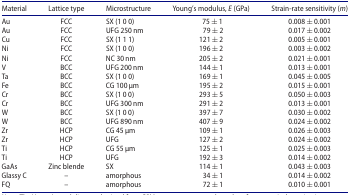
<table><thead><tr><td><b>Material</b></td><td><b>Lattice type</b></td><td><b>Microstructure</b></td><td><b>Young’s modulus, <i>E</i> (GPa)</b></td><td><b>Strain-rate sensitivity (<i>m</i>)</b></td></tr></thead><tbody><tr><td>Au</td><td>FCC</td><td>SX (1 0 0)</td><td>75 ± 1</td><td>0.008 ± 0.001</td></tr><tr><td>Au</td><td>FCC</td><td>UFG 250 nm</td><td>79 ± 2</td><td>0.017 ± 0.002</td></tr><tr><td>Cu</td><td>FCC</td><td>SX (1 1 1)</td><td>121 ± 2</td><td>0.005 ± 0.001</td></tr><tr><td>Ni</td><td>FCC</td><td>SX (1 0 0)</td><td>196 ± 2</td><td>0.003 ± 0.002</td></tr><tr><td>Ni</td><td>FCC</td><td>NC 30 nm</td><td>205 ± 2</td><td>0.021 ± 0.001</td></tr><tr><td>V</td><td>BCC</td><td>UFG 200 nm</td><td>144 ± 1</td><td>0.013 ± 0.001</td></tr><tr><td>Ta</td><td>BCC</td><td>SX (1 0 0)</td><td>169 ± 1</td><td>0.045 ± 0.005</td></tr><tr><td>Fe</td><td>BCC</td><td>CG 100 μm</td><td>195 ± 2</td><td>0.015 ± 0.001</td></tr><tr><td>Cr</td><td>BCC</td><td>SX (1 0 0)</td><td>293 ± 5</td><td>0.050 ± 0.003</td></tr><tr><td>Cr</td><td>BCC</td><td>UFG 300 nm</td><td>291 ± 2</td><td>0.013 ± 0.001</td></tr><tr><td>W</td><td>BCC</td><td>SX (1 0 0)</td><td>397 ± 7</td><td>0.030 ± 0.002</td></tr><tr><td>W</td><td>BCC</td><td>UFG 890 nm</td><td>407 ± 9</td><td>0.024 ± 0.002</td></tr><tr><td>Zr</td><td>HCP</td><td>CG 45 μm</td><td>109 ± 1</td><td>0.026 ± 0.003</td></tr><tr><td>Zr</td><td>HCP</td><td>UFG</td><td>127 ± 2</td><td>0.024 ± 0.002</td></tr><tr><td>Ti</td><td>HCP</td><td>CG 55 μm</td><td>125 ± 1</td><td>0.025 ± 0.003</td></tr><tr><td>Ti</td><td>HCP</td><td>UFG</td><td>192 ± 3</td><td>0.014 ± 0.002</td></tr><tr><td>GaAs</td><td>Zinc blende</td><td>SX</td><td>114 ± 1</td><td>0.043 ± 0.003</td></tr><tr><td>Glassy C</td><td>–</td><td>amorphous</td><td>34 ± 1</td><td>0.014 ± 0.002</td></tr><tr><td>FQ</td><td>–</td><td>amorphous</td><td>72 ± 1</td><td>0.010 ± 0.001</td></tr></tbody></table>